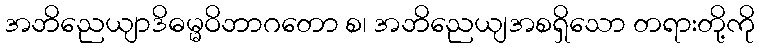
အဘိညေယျာဒိဓမ္မဝိဘာဂတော စ၊ အဘိညေယျအစရှိသော တရားတို့ကို